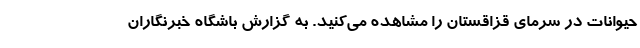
حیوانات در سرمای قزاقستان را مشاهده می‌کنید. به گزارش باشگاه خبرنگاران